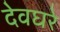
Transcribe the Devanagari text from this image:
देवघरे